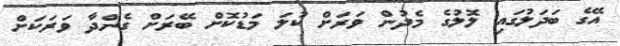
އޭގެ ބަދަލުގައި ލޮލުގެ މެދުން ވަރަށް ކުލަ މަޑުކޮށް ބޭރަށް ގެންދާ ވަރަކަށް